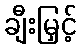
ချီးမြှင့်